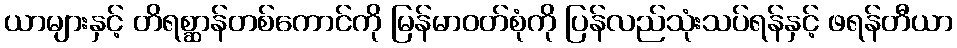
ယာများနှင့် တိရစ္ဆာန်တစ်ကောင်ကို မြန်မာဝတ်စုံကို ပြန်လည်သုံးသပ်ရန်နှင့် ဖရန်တီယာ